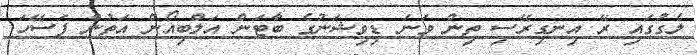
ލެގުގައި ރޭ އިނގިރޭސި ތިން ވަނަ ޑިވިޝަނުގެ ބާޓަން އަލްބިއޯން އަތުން ފަސޭހަ